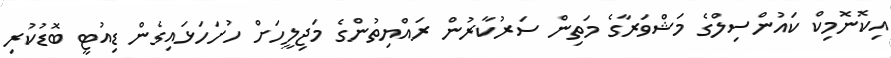
އިކޮނޮމިކް ކައުންސިލްގެ މަޝްވަރާގެ މަތިން ސަރުކާރުން ރައްޔިތުންގެ މަޖިލީހަށް ހުށަހަޅައިގެން ޑިއުޓީ ބޮޑުކުރި